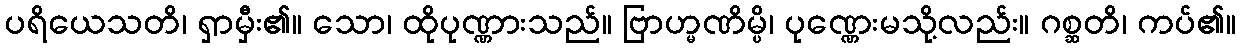
ပရိယေသတိ၊ ရှာမှီး၏။ သော၊ ထိုပုဏ္ဏားသည်။ ဗြာဟ္မဏိမ္ပိ၊ ပုဏ္ဏေးမသို့လည်း။ ဂစ္ဆတိ၊ ကပ်၏။